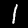
Digit: 1